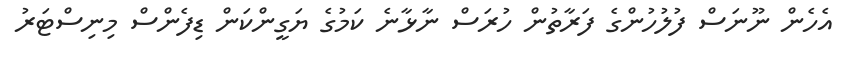
އެހެން ނޫނަސް ފުލުހުންގެ ފަރާތުން ހުރަސް ނާޅާނެ ކަމުގެ ޔަގީންކަން ޑިފެންސް މިނިސްޓަރު